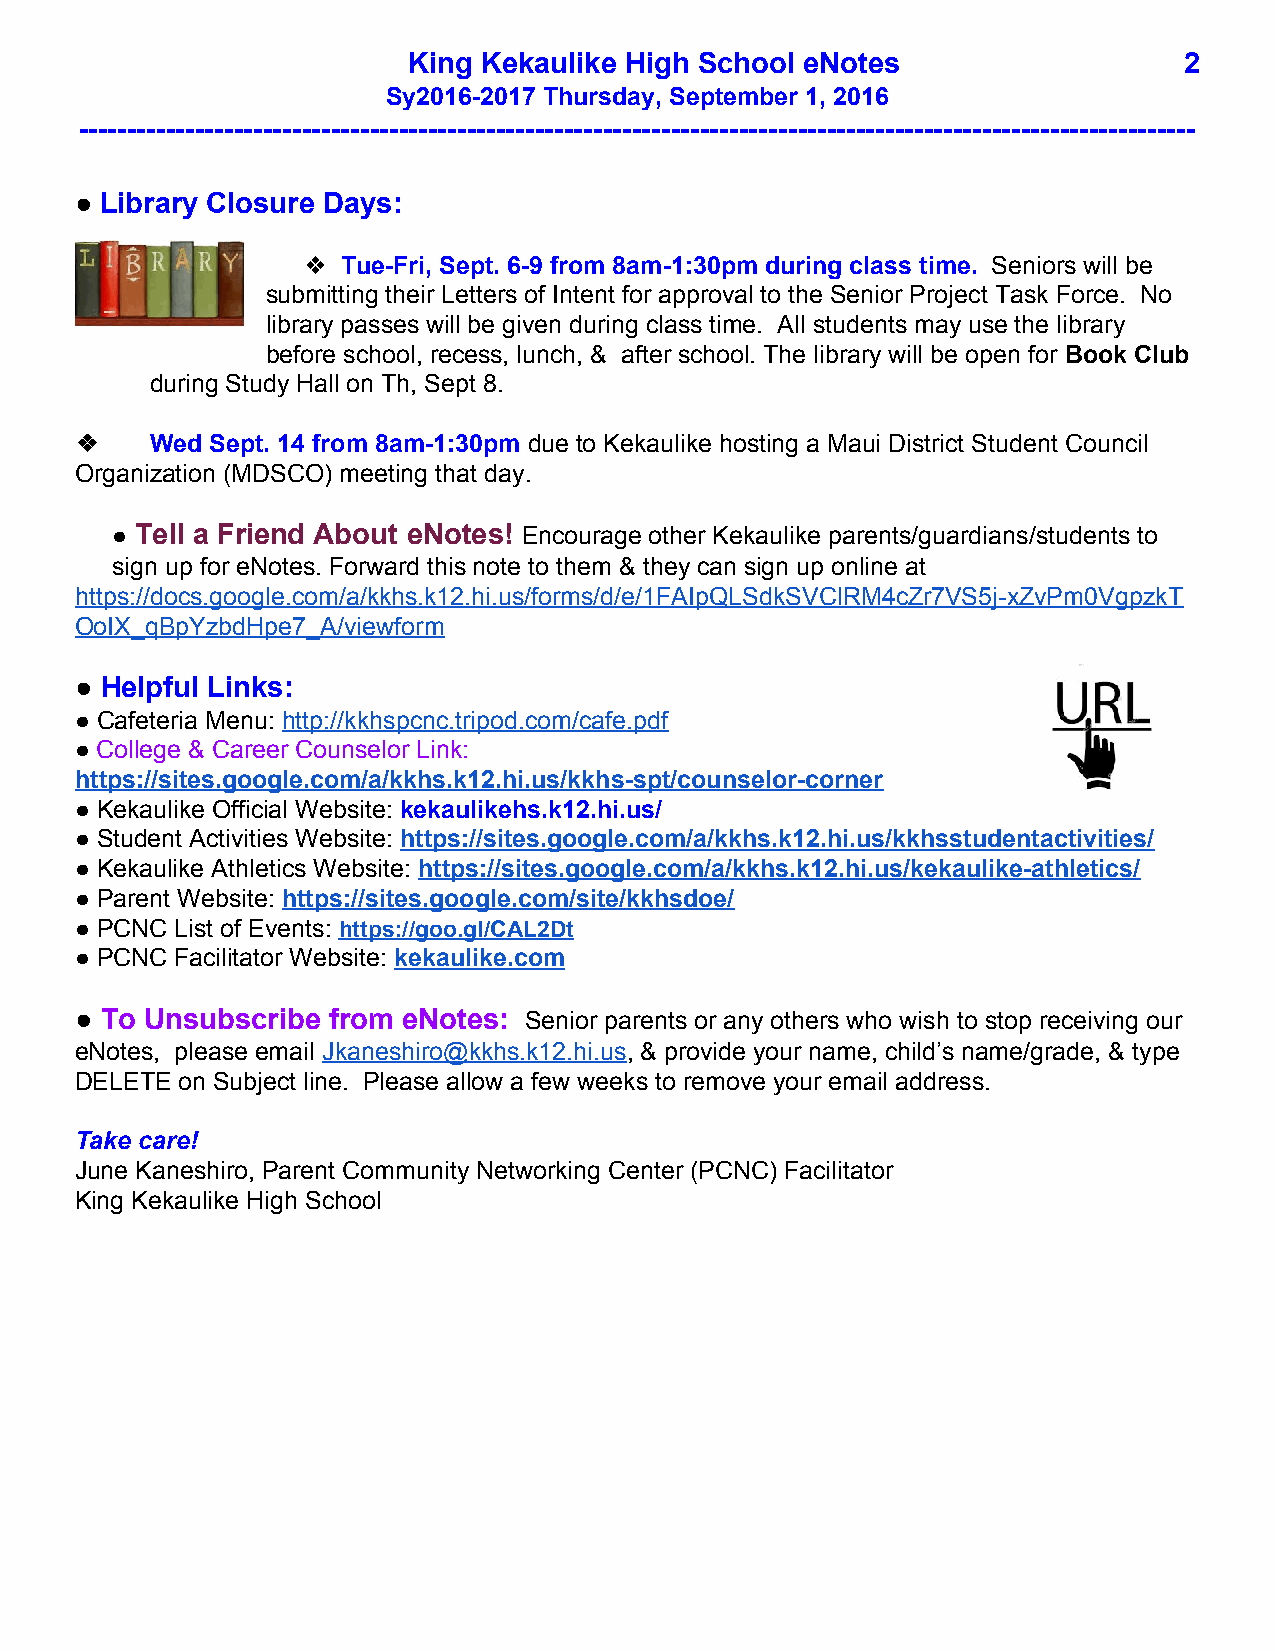
King Kekaulike High School eNotes                  2
 Sy2016­2017 Thursday, September 1, 2016
 ­­­­­­­­­­­­­­­­­­­­­­­­­­­­­­­­­­­­­­­­­­­­­­­­­­­­­­­­­­­­­­­­­­­­­­­­­­­­­­­­­­­­­­­­­­­­­­­­­­­­­­­­­­­­­­­­­­­
 ● Library Closure Days:
 ​ ​
 ❖  Tue­Fri, Sept. 6­9 from 8am­1:30pm during class time. Seniors will be
 ​
 submitting their Letters of Intent for approval to the Senior Project Task Force. No
 library passes will be given during class time. All students may use the library
 before school, recess, lunch, & after school. The library will be open for Book Club
 ​
 during Study Hall on Th, Sept 8.
 ❖    Wed Sept. 14 from 8am­1:30pm due to Kekaulike hosting a Maui District Student Council
 ​ ​
 Organization (MDSCO) meeting that day.
 ● Tell a Friend About eNotes! Encourage other Kekaulike parents/guardians/students to
 ​                        ​ ​
 sign up for eNotes. Forward this note to them & they can sign up online at
 https://docs.google.com/a/kkhs.k12.hi.us/forms/d/e/1FAIpQLSdkSVClRM4cZr7VS5j­xZvPm0VgpzkT
 OoIX_qBpYzbdHpe7_A/viewform
 ● Helpful Links:
 ​
 ● Cafeteria Menu: http://kkhspcnc.tripod.com/cafe.pdf
 ​ ​          ​
 ● College & Career Counselor Link:
 ​
 https://sites.google.com/a/kkhs.k12.hi.us/kkhs­spt/counselor­corner
 ● Kekaulike Official Website: kekaulikehs.k12.hi.us/
 ​ ​                 ​
 ● Student Activities Website: https://sites.google.com/a/kkhs.k12.hi.us/kkhsstudentactivities/
 ​ ​                 ​
 ● Kekaulike Athletics Website: https://sites.google.com/a/kkhs.k12.hi.us/kekaulike­athletics/
 ​ ​                   ​
 ● Parent Website: https://sites.google.com/site/kkhsdoe/
 ​ ​          ​
 ● PCNC List of Events: https://goo.gl/CAL2Dt
 ​ ​             ​ ​
 ● PCNC Facilitator Website: kekaulike.com
 ​ ​                 ​ ​
 ● To Unsubscribe from eNotes: Senior parents or any others who wish to stop receiving our
 ​                          ​ ​
 eNotes, please email Jkaneshiro@kkhs.k12.hi.us, & provide your name, child’s name/grade, & type
 ​                    ​
 DELETE on Subject line. Please allow a few weeks to remove your email address.
 Take care!
 June Kaneshiro, Parent Community Networking Center (PCNC) Facilitator
 King Kekaulike High School